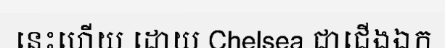
នេះហើយ ដោយ Chelsea ជាជើងឯក